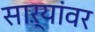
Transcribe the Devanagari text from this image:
साऱ्यांवर